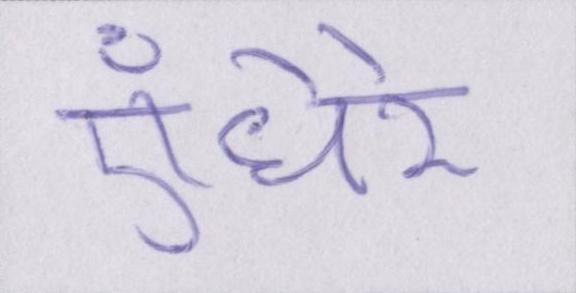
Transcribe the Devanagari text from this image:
ऍंधेरे